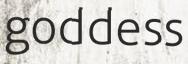
goddess